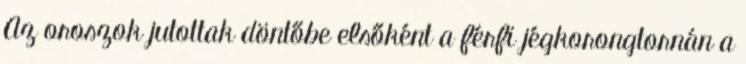
Az oroszok jutottak döntőbe elsőként a férfi jégkorongtornán a